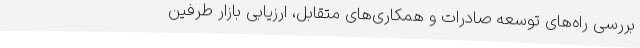
بررسی راه‌های توسعه صادرات و همکاری‌های متقابل، ارزیابی بازار طرفین